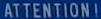
ATTENTION!